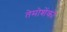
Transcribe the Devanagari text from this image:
तेमोशेंको